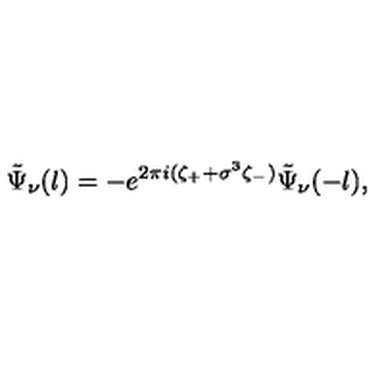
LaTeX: \tilde { \Psi } _ { \nu } ( l ) = - e ^ { 2 \pi i ( \zeta _ { + } + \sigma ^ { 3 } \zeta _ { - } ) } \tilde { \Psi } _ { \nu } ( - l ) ,